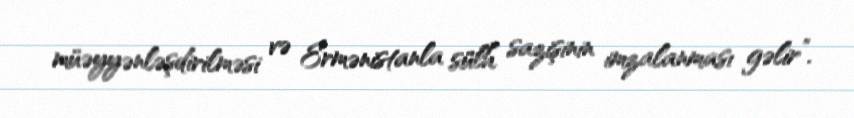
müəyyənləşdirilməsi və Ermənistanla sülh sazişinin imzalanması gəlir”.